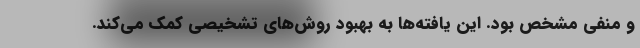
و منفی مشخص بود. این یافته‌ها به بهبود روش‌های تشخیصی کمک می‌کند.